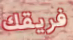
فريقك